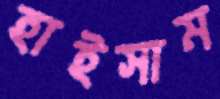
হাইসাম